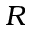
R